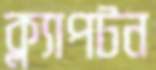
ক্ল্যাপটন